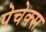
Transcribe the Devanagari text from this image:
पेचेक्स